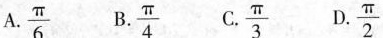
A.\frac{\pi}{6} B.\frac{\pi}{4} C.\frac{\pi}{3} D.\frac{\pi}{2}